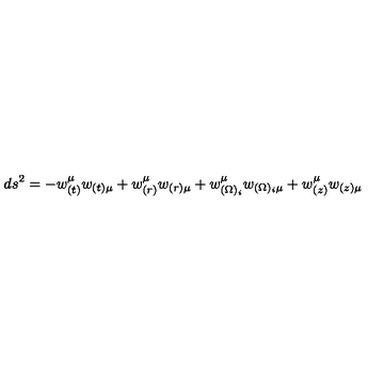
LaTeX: d s ^ { 2 } = - w _ { ( t ) } ^ { \mu } w _ { ( t ) \mu } + w _ { ( r ) } ^ { \mu } w _ { ( r ) \mu } + w _ { ( \Omega ) _ { i } } ^ { \mu } w _ { ( \Omega ) _ { i } \mu } + w _ { ( z ) } ^ { \mu } w _ { ( z ) \mu }